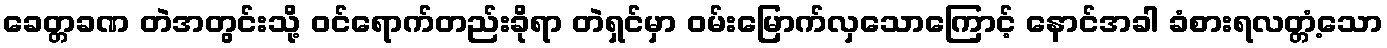
ခေတ္တခဏ တဲအတွင်းသို့ ဝင်ရောက်တည်းခိုရာ တဲရှင်မှာ ဝမ်းမြောက်လှသောကြောင့် နောင်အခါ ခံစားရလတ္တံ့သော